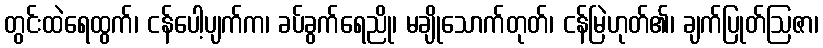
တွင်းထဲရေထွက်၊ ငန်ပေါ့ပျက်က၊ ခပ်ခွက်ရေညို၊ မချိုသောက်တုတ်၊ ငန်မြဲဟုတ်၏၊ ချက်ပြုတ်ဩဇာ၊